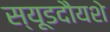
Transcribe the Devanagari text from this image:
स्यूडदौयशे